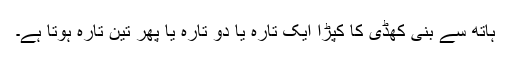
ہاتھ سے بنی کھڈی کا کپڑا ایک تارہ یا دو تارہ یا پھر تین تارہ ہوتا ہے۔